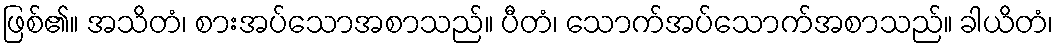
ဖြစ်၏။ အသိတံ၊ စားအပ်သောအစာသည်။ ပီတံ၊ သောက်အပ်သောက်အစာသည်။ ခါယိတံ၊